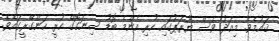
ޤައުމެވެ. މިއަދު ވެސް ޔޫރަޕުގައި ހުރި އެންމެ ބޮޑު ސިނަގޮގް ހުރީ ހަންގޭރީގައެވެ.